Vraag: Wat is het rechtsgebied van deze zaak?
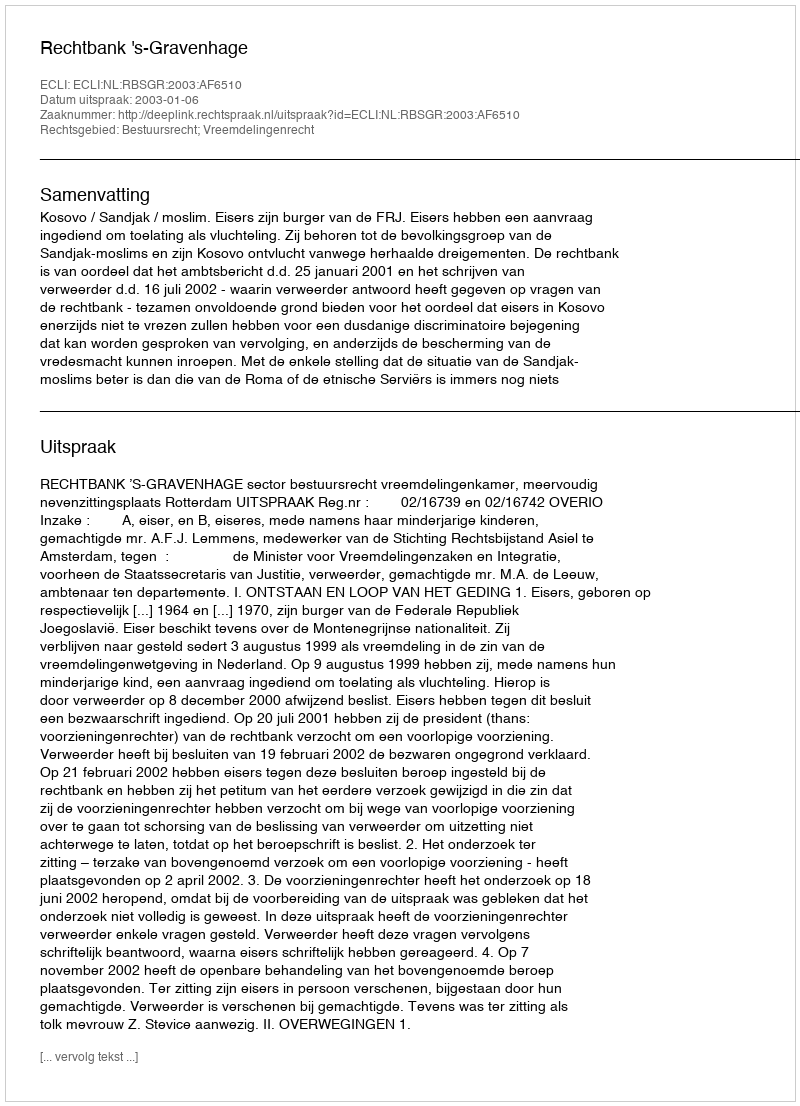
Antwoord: Bestuursrecht; Vreemdelingenrecht